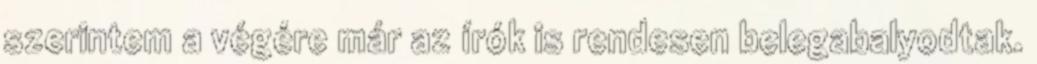
szerintem a végére már az írók is rendesen belegabalyodtak.